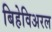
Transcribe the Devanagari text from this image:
बिहेविअरल